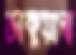
ঢাকুয়াস্ব